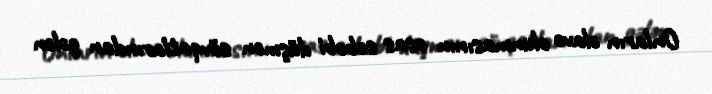
Onların əlavə olunmasının əsas səbəbi düşmən sövqatlarından gələn